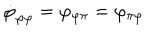
\dot { \varphi } _ { \varphi \varphi } = \varphi _ { \varphi \pi } = \varphi _ { \pi \varphi }